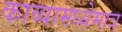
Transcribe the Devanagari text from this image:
काव्यामध्येमात्र